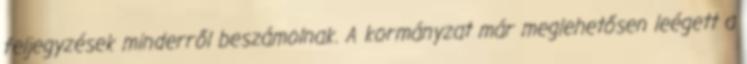
feljegyzések minderről beszámolnak. A kormányzat már meglehetősen leégett a